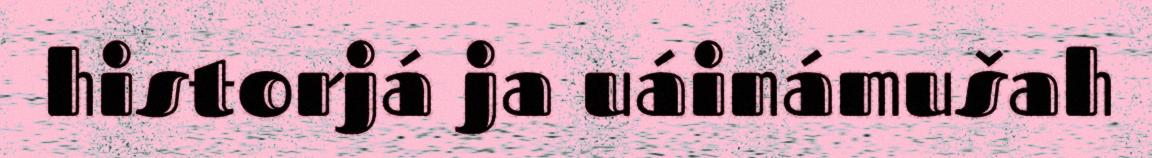
historjá ja uáinámušah